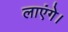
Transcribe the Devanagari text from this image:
लाएंगे।